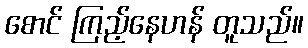
စောင် ကြည့်နေဟန် တူသည်။